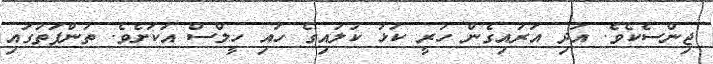
ޖިންސެކެވެ. އަދި އަރައިގެން ހުރީ ކަޅު ކުލައިގެ ހައި ހީލްސް އަކަށެވެ. ތުންފަތުގައި